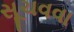
સૂચવવા